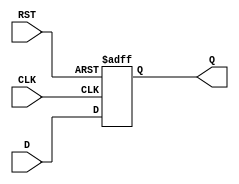
module IntermediateRegister #(
    parameter WIDTH = 8  // Parameter to define the width of the register
)(
    input wire [WIDTH-1:0] D,    // Data input
    input wire CLK,               // Clock input
    input wire RST,               // Asynchronous reset
    output reg [WIDTH-1:0] Q      // Data output
);

    // Always block for the register operation
    always @(posedge CLK or posedge RST) begin
        if (RST) begin
            Q <= {WIDTH{1'b0}};  // Asynchronous reset to 0
        end else begin
            Q <= D;              // Capture data on rising edge of CLK
        end
    end

endmodule